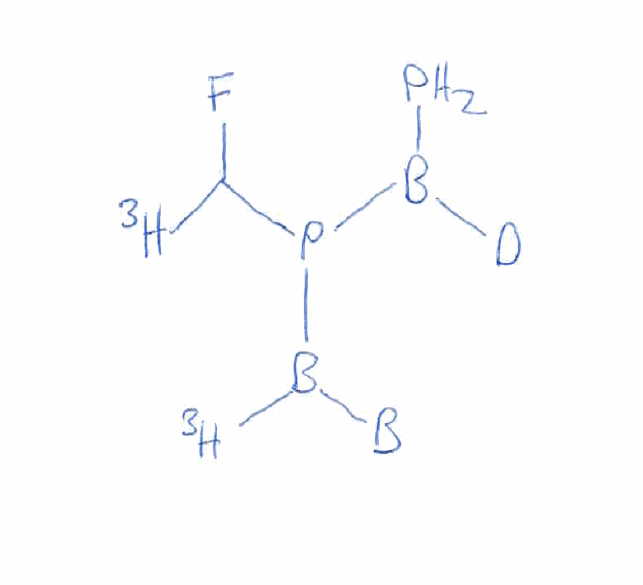
Simplified molecular-input line-entry system (SMILES) notation of the given molecule:
[2H]B(P)P(B([3H])[B])C([3H])F